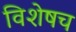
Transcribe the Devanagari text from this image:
विशेषच